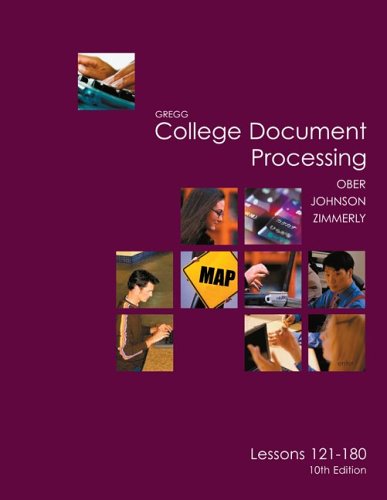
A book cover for Gregg College Keyboarding & Document Processing (GDP), Lessons 121-180 text (Gregg College Document Processing); Scot Ober; Business & Money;